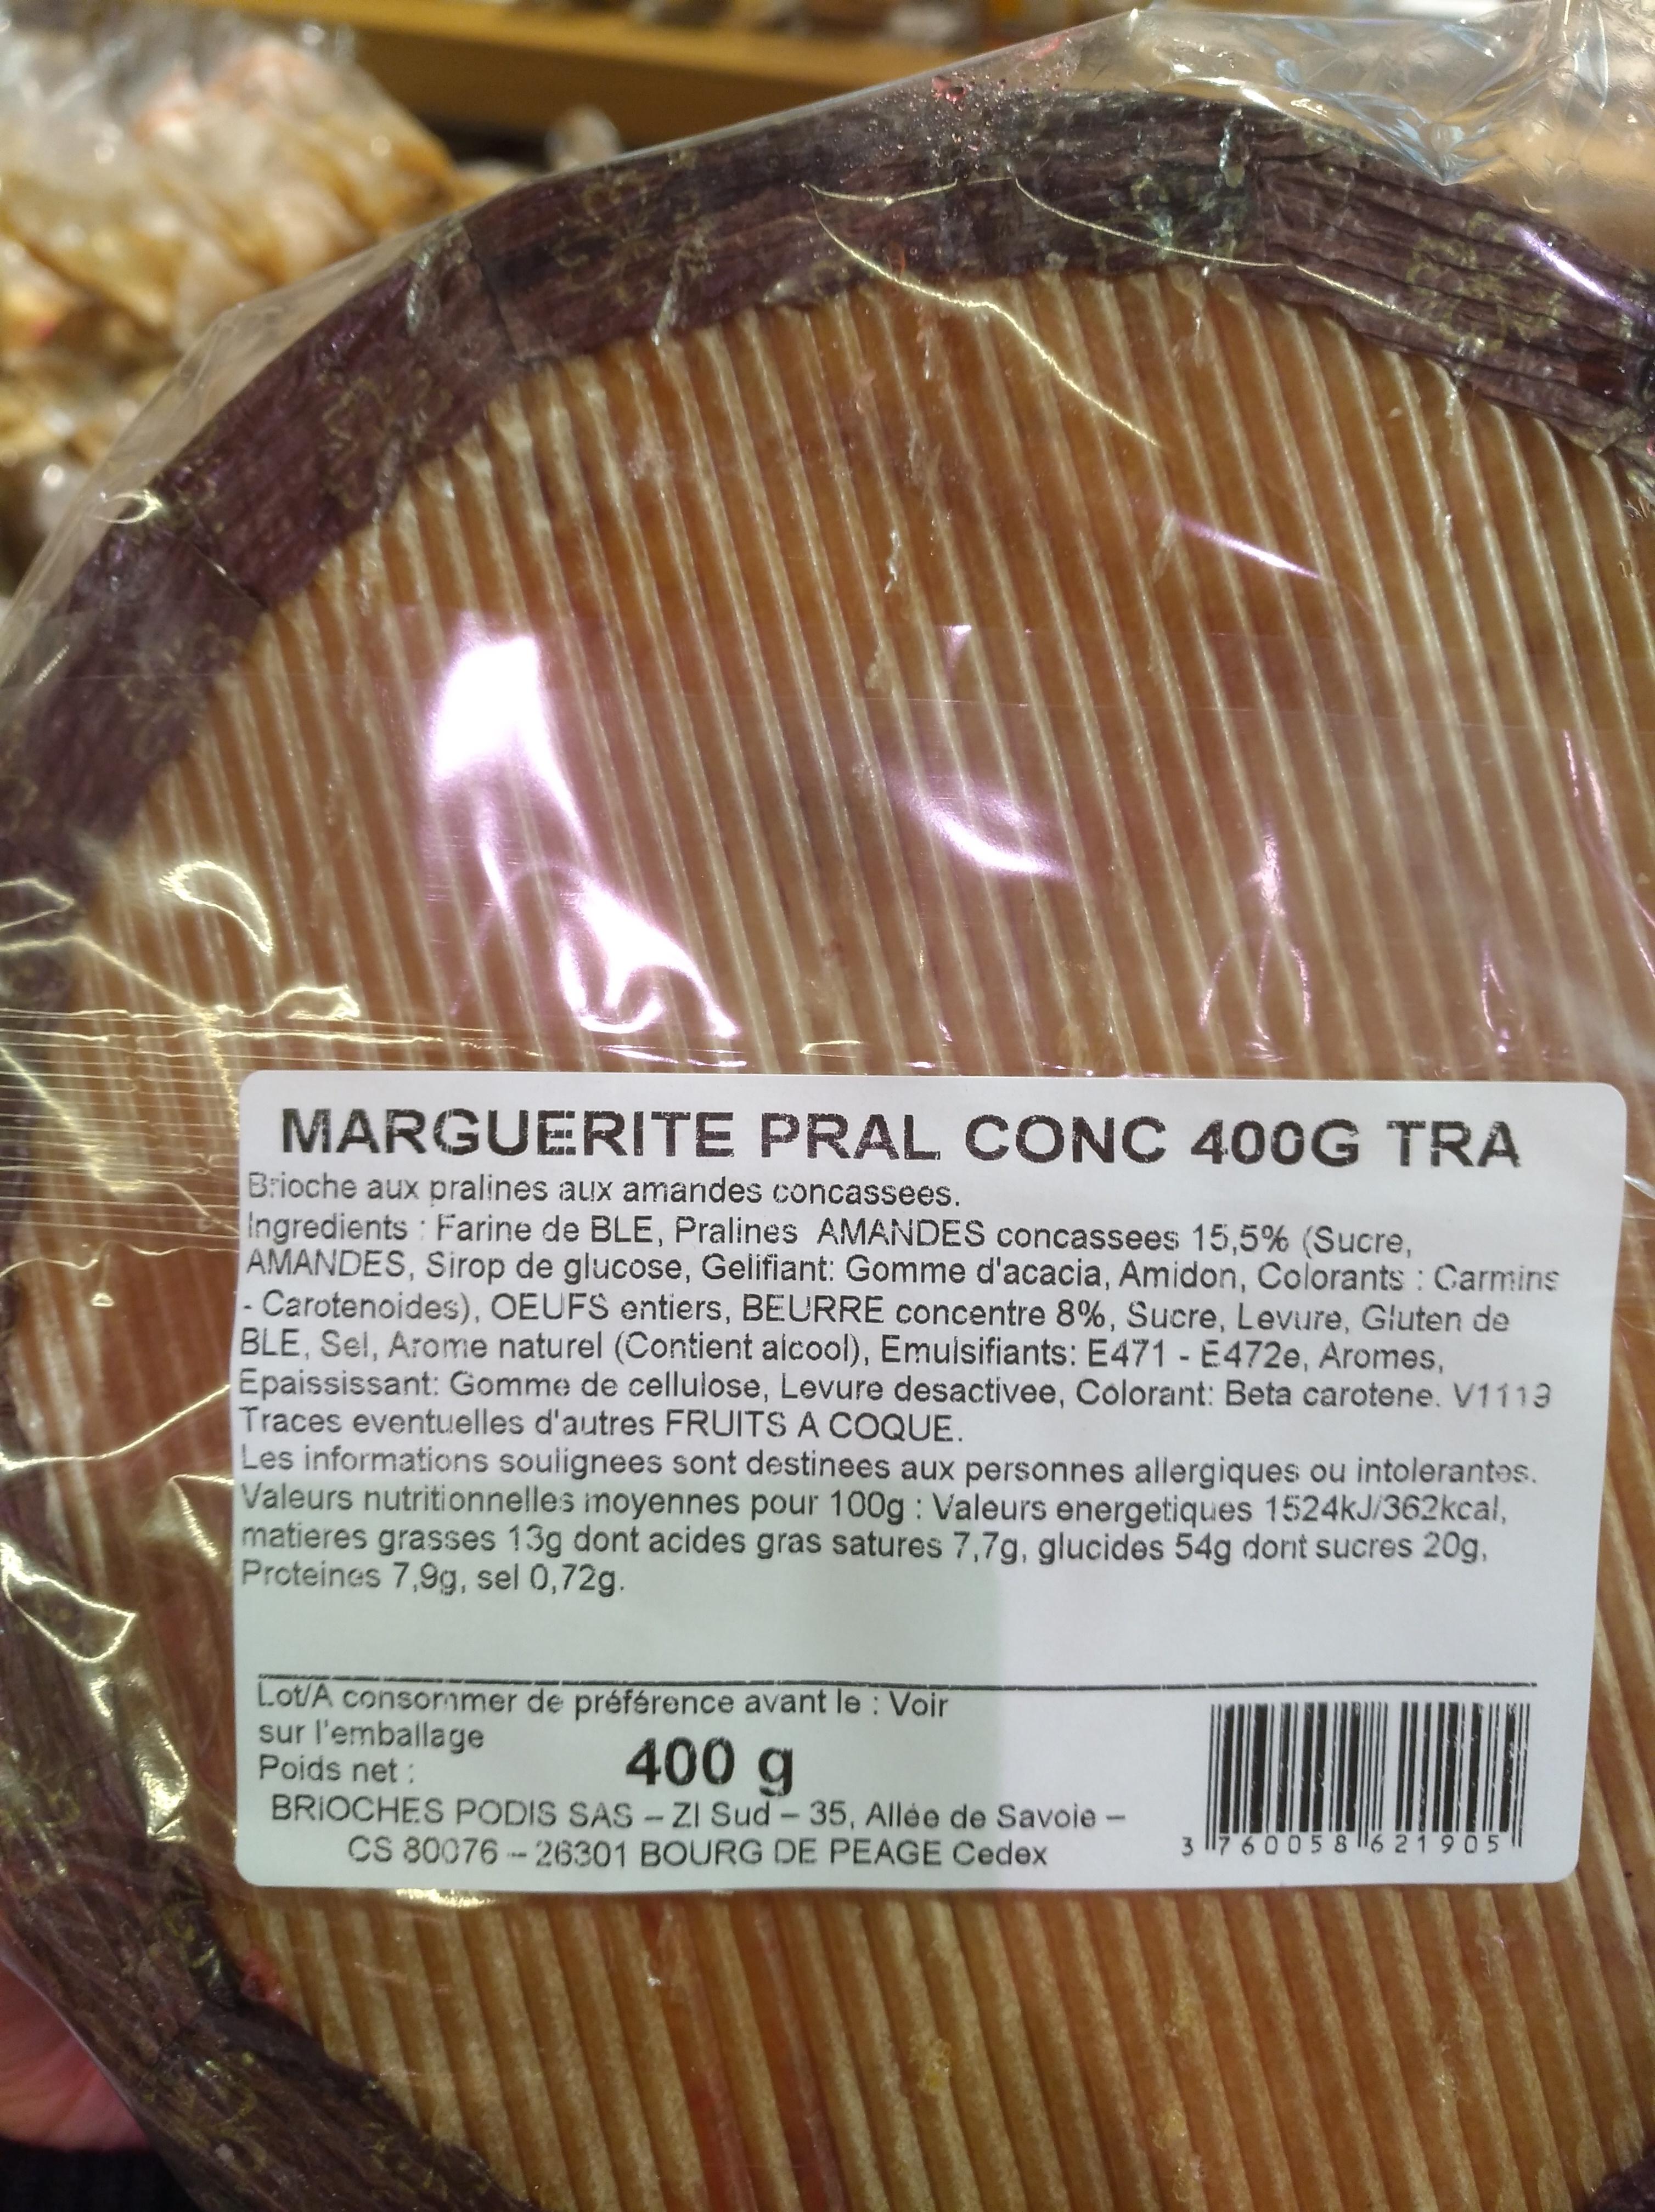
MARGUERITE PRAL CONC 40OG TRA
Brioche aux pralines aux amandes concassees.
Ingredients Farine de BLE, Pralines AMANDES concassees 15,5% (Sucre, AMANDES, Sirop de glucose, Gelifiant: Gomme d'acacia, Amidon, Colorants : Carmins Carotenoides), OEUFS entiers, BEURRE concentre 8%, Sucre, Levure, Gluten de BLE, Sel, Arome naturel (Contient aicool), Emuisifiants: E471 -E472e, Aromes, Epaississant: Gomme de cellulose, Levure desactivee, Colorant: Beta carotene. V1113 Traces eventuelles d'autres FRUITS A COQUE. Les informations soulignees sont destinees aux personnes allergiques ou intolerantes. Valeurs nutritionnelles moyennes pour 100g : Valeurs energetiques 1524kJ/362kcal, matieres grasses 13g dont acides gras satures 7,7g, glucides 54g dont sucres 20g, Proteines 7,9g, sel 0,72g.
Lot/A consomer de préférence avant le : Voir sur l'emballage Poids net: BRIOCHES PODIS SAS - ZI Sud- 35, Allée de Savoie - CS 80076-26301 BOURG DE PEAGE Cedex
400g
3 117 6005 8 6 21905